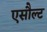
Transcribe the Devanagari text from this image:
एसौल्ट